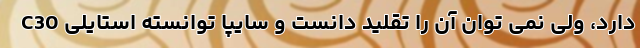
C30 دارد، ولی نمی توان آن را تقلید دانست و سایپا توانسته استایلی